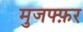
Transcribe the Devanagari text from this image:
मुजफ्फ़र